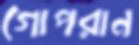
গোপরান